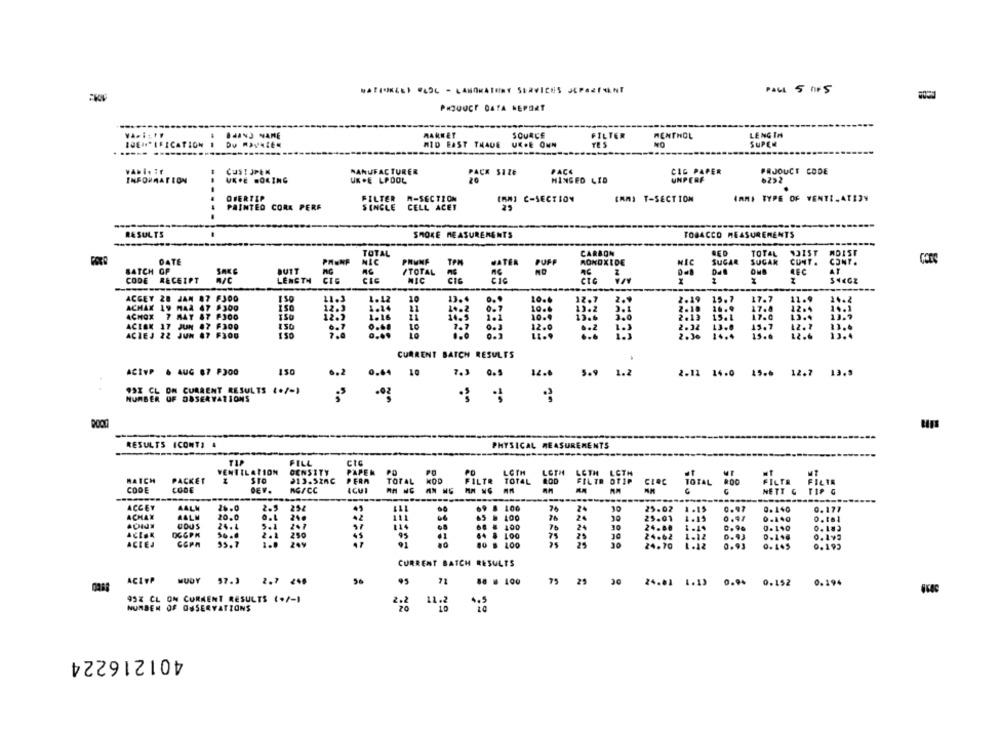
WATINEET LC - LABORATORY SERVICES JEPAZINNI
PALL 5 MF 5
PHZUUcr DATA NEPORT
MARKET
SOURCE
FILTER
MENTHOL
LENGTH
MID EAST TRADE
UK.E ONN
NO
SUPER
VANI .: f
CUST JPEN
MANUFACTURER
PACK SIZE
PACE
CIG PAPER
PRJOUCT CODE
INFORMATION
UKPE BOLING
UK .E LPOOL
20
HINGED LID
UNPERF
62,2
OFERTEP
FILTER
W-SECTION
[MM] C-SECTION
(RM) T-SECTION
IRMI TYPE OF VENTILATIZY
PAINTED CORK PERF
SINGLE
CELL ACET
23
RESULTS
SMOKE MEASUREMENTS
TOBACCO MEASUREMENTS
TOTAL
CARBON
BED
TOTAL
SOIST
MDIST
DATE
PHENP
NIC
PRUNE
VATER
PUFF
MONOXIDE
NIC
SUGAR
SUÇAK
CUNT .
CONT.
BATCH OF
SAKE
BUTT
/TOTAL
CODE
RECEIPT
CIC
R/C
LENGTH
NIC
ACGEY 28 JAN
10
13.4
2.19
15.7
ACHAX
47 8300
10.6
16.9
17.8
ACHOX
14.3
18:5
3:6
17.6
ACION 17 JUN 87 F300
0.2
1.3
ACIEJ 22 JUN
.7 F300
CURRENT BATCH RESULTS
ACIVP & AUG 67 FOOD
150
6.2
0.64
10
12.6
5.9 1.2
2.11 14.0 15.6 12.7 13.9
99X CL ON CURRENT RESULTS (+/-)
.02
NUMBER OF OBSERVATIONS
RESULTS ICONTI 4
PHYSICAL MEASUREMENTS
FILL
CIG
VENTILATION
DENSITY
PAPER PO
LOTH
LOTH
MATCH
PACKET
STO
≥13.52AC
PERA
TOTAL KOD
PO
TOTAL
CODE
CODE
DEV.
RG/CC
ICUI
FILTR OTIP
TOTAL 200
-----------
ACCEY
AALM
26.0
254
45
69 .
100
10
25.0
0.97
0.140
ACHAX
A4LM
20.0
O.L
246
42
100
0.177
COUS
24.4
2.7
100
0 .101
DGGPK
250
100
45
75
ACIES
COPA
55.7
200
25
24.70
0.195
CURRENT BATCH RESULTS
ACIWP MUDY 57.1 2.7 246
56
95 71
88 6 100
75
29
30
24.01 1.19 0.94 0.152
0.194
95% CL ON CURRENT RESULTS (./-1
NUMBER OF OBSERVATIONS
NO
401216224